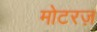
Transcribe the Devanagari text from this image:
मोटरज़